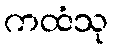
ကထံသု